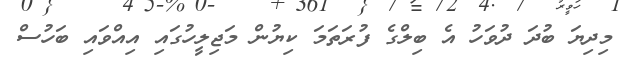
މިދިޔަ ބުދަ ދުވަހު އެ ބިލްގެ ފުރަތަމަ ކިޔުން މަޖިލީހުގައި އިއްވައި ބަހުސް